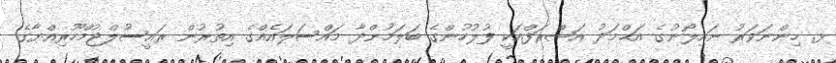
ޅ. ހިންނަވަރު ނައިލޯނުގެ އަޙްމަދު އަޝްރަފްއަކީ ފުލުހުންގެ ބަލަމުންދާ މައްސަލައެއްގެ އިތުރުން ރައީސުލްޖުމްހޫރިއްޔާގެ